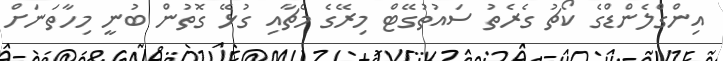
އިންގްލެންޑްގެ ކޯޗު ގެރެތު ސައުތުގޭޓް މިރޭގެ މެޗާއި ގުޅޭ ގޮތުން ބުނީ މިހާތަނަށް